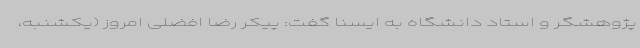
پژوهشگر و استاد دانشگاه به ایسنا گفت: پیکر رضا افضلی امروز (یکشنبه،